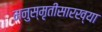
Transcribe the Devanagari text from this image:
मनुस्मृतीसारख्या